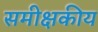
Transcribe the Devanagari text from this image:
समीक्षकीय